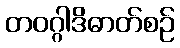
တဝဂ္ဂါဒိဓာတ်စဉ်